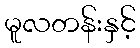
မူလတန်းနှင့်